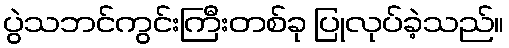
ပွဲသဘင်ကွင်းကြီးတစ်ခု ပြုလုပ်ခဲ့သည်။